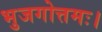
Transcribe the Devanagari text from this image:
भुजगोत्तमः।